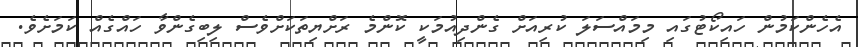
އެހެންކަމުން ހައިކޯޓުގައި މިމައްސަލަ ކުރިއަށް ގެންދިއުމަކީ ކޮންމެ ރަށްޔިތަކަށްވެސް ލިބިގެންވާ ހައްގެއް ކަމަށެވެ.